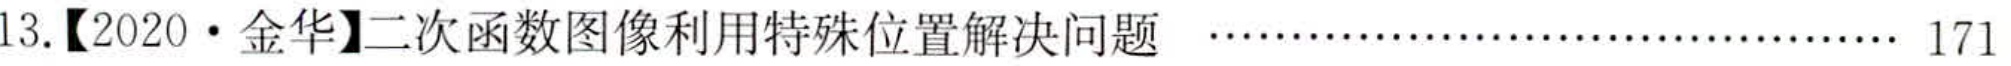
13.【2020·金华】二次函数图像利用特殊位置解决问题 ................................ 171